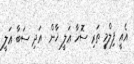
އެއީ ފިލްމީ ތަރި ސޮހާ ޢަލީ ޚާން  އަދި ސަބާ ޢަލީ